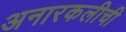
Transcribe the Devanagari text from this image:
अनारकलीची